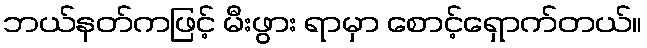
ဘယ်နတ်ကဖြင့် မီးဖွား ရာမှာ စောင့်ရှောက်တယ်။